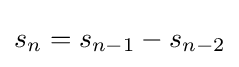
s_{n}=s_{n-1}-s_{n-2}